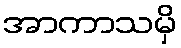
အာကာသမှိ